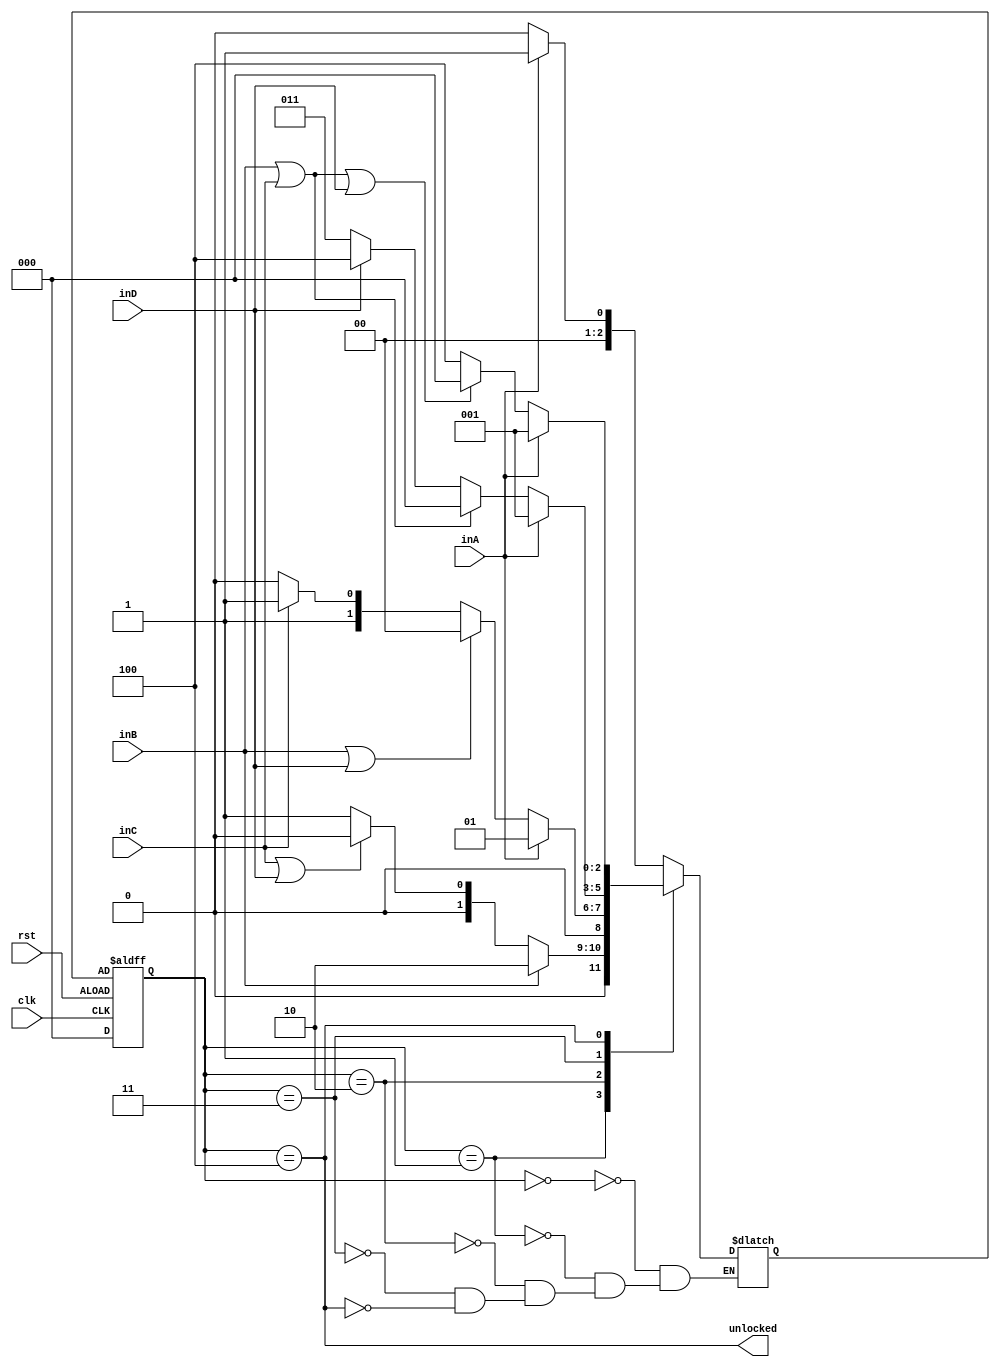
module lock (
	input clk, rst, inA,inB,inC,inD,
	output unlocked);
	
	reg [2:0] state, nextState;
	
	parameter [2:0] I = 2'b000, A = 2'b001, B = 2'b010, C=3'b011, D=3'b100;
	
	always @(inA,inB,inC,inD, state)
		case (state)
			I: begin
                if (inA) nextState = A;
                else nextState = I;                
			end
			
			A: begin
                if (inB) nextState = B;
                else if (inC||inD) nextState = I;
                else nextState = A;
		    end
            
            B: begin
                if (inA) nextState = A;
                else if (inB||inD) nextState = I;
                else if (inC) nextState = C;
                else nextState = B;
            end
            
            C: begin
                if (inA) nextState = A;
                else if (inB||inC) nextState = I;
                else if (inD) nextState = D;
                else nextState = C;
            end

            D: begin
                if (inA) nextState = A;
                else if (inB||inC||inD) nextState = I;
                else nextState = D;
            end



		endcase
		
	always @(posedge clk or negedge rst) begin
		if(rst)
			state <= I;
		else
			state <= nextState;
	end
	assign unlocked = (state == D);
endmodule